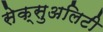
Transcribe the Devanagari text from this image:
सेक्सुअलिटी